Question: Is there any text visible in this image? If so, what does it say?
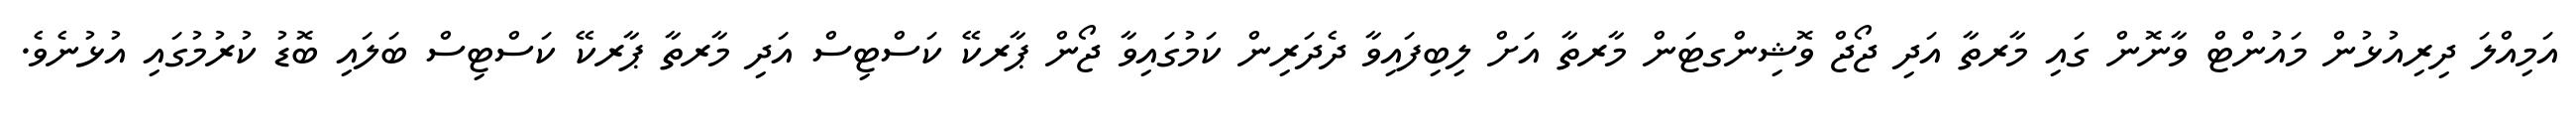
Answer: އަމިއްލަ ދިރިއުޅުން މައުންޓް ވާނޮން ގައި މާރތާ އަދި ޖޯޖް ވޮޝިންގޓަން މާރތާ އަށް ލިބިފައިވާ ދެދަރިން ކަމުގައިވާ ޖޯން ޕާރކޭ ކަސްޓިސް އަދި މާރތާ ޕާރކޭ ކަސްޓިސް ބަލައި ބޮޑު ކުރުމުގައި އުޅުނެވެ.